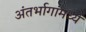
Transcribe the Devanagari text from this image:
अंतर्भागांमध्ये